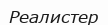
Реалистер